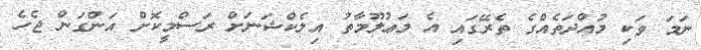
ނަމަ ވަކި މުއްދަތެއްގެ ތެރޭގައި އެ މަޢުލޫމާތު އިލެކްޝަނަށް ރަސްމީކޮށް އަންގަން ޖެހެ